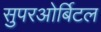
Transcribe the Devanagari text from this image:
सुपरओर्बिटल